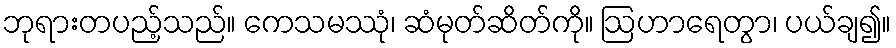
ဘုရားတပည့်သည်။ ကေသမဿုံ၊ ဆံမုတ်ဆိတ်ကို။ ဩဟာရေတွာ၊ ပယ်ချ၍။